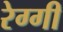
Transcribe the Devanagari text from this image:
रेग्गी